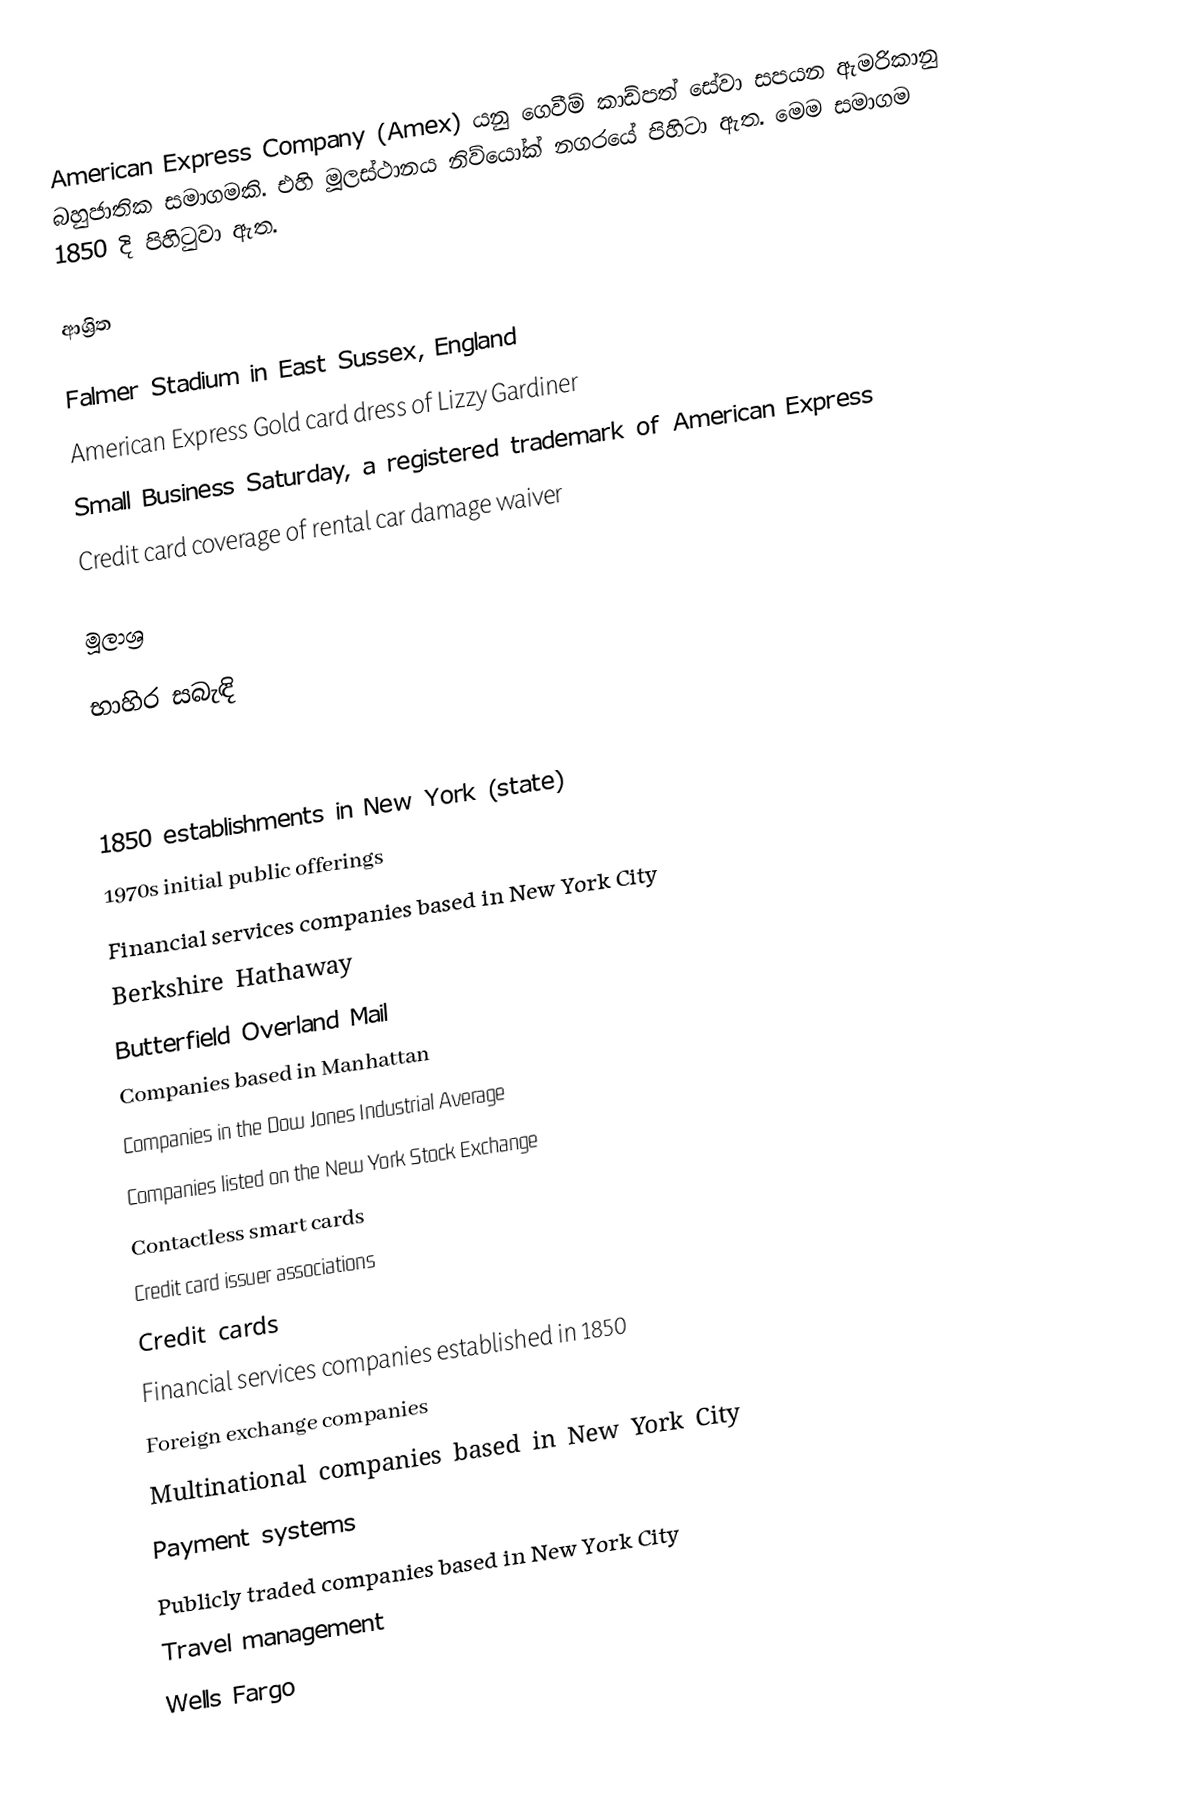
American Express Company (Amex) යනු ගෙවීම් කාඩ්පත් සේවා සපයන ඇමරිකානු බහුජාතික සමාගමකි. එහි මූලස්ථානය නිව්යෝක් නගරයේ පිහිටා ඇත. මෙම සමාගම 1850 දි පිහිටුවා ඇත.

ආශ්‍රිත

 Falmer Stadium in East Sussex, England
 American Express Gold card dress of Lizzy Gardiner
 Small Business Saturday, a registered trademark of American Express
 Credit card coverage of rental car damage waiver

මූලාශ්‍ර

භාහිර සබැඳි

1850 establishments in New York (state)
1970s initial public offerings
Financial services companies based in New York City
Berkshire Hathaway
Butterfield Overland Mail
Companies based in Manhattan
Companies in the Dow Jones Industrial Average
Companies listed on the New York Stock Exchange
Contactless smart cards
Credit card issuer associations
Credit cards
Financial services companies established in 1850
Foreign exchange companies
Multinational companies based in New York City
Payment systems
Publicly traded companies based in New York City
Travel management
Wells Fargo